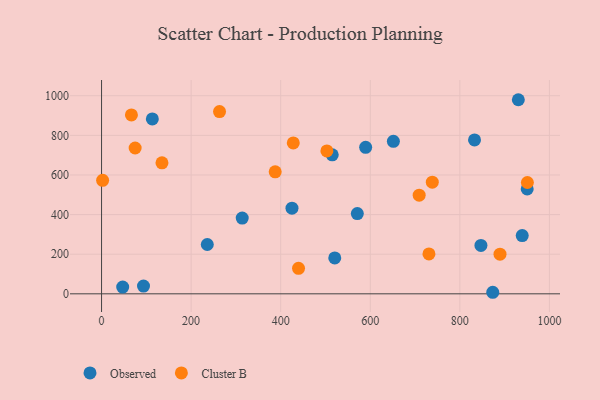
{"axis": {"x": "Engine Size", "y": "Sales"}, "legend": ["Cluster B", "Observed"], "data": [{"x": "589.7", "y": 739.8, "type": "Observed"}, {"x": "113.4", "y": 883.2, "type": "Observed"}, {"x": "93.7", "y": 38.9, "type": "Observed"}, {"x": "651.6", "y": 769.8, "type": "Observed"}, {"x": "873.5", "y": 7.8, "type": "Observed"}, {"x": "236.1", "y": 249.0, "type": "Observed"}, {"x": "847.1", "y": 244.1, "type": "Observed"}, {"x": "939.3", "y": 294.1, "type": "Observed"}, {"x": "47.2", "y": 34.2, "type": "Observed"}, {"x": "425.2", "y": 432.5, "type": "Observed"}, {"x": "520.7", "y": 181.3, "type": "Observed"}, {"x": "314.1", "y": 382.6, "type": "Observed"}, {"x": "950.4", "y": 529.8, "type": "Observed"}, {"x": "930.6", "y": 979.9, "type": "Observed"}, {"x": "832.8", "y": 776.7, "type": "Observed"}, {"x": "571.1", "y": 405.2, "type": "Observed"}, {"x": "515.1", "y": 701.7, "type": "Observed"}, {"x": "439.8", "y": 128.9, "type": "Cluster B"}, {"x": "263.4", "y": 920.1, "type": "Cluster B"}, {"x": "66.7", "y": 903.1, "type": "Cluster B"}, {"x": "503.1", "y": 721.6, "type": "Cluster B"}, {"x": "387.7", "y": 616.1, "type": "Cluster B"}, {"x": "950.8", "y": 561.9, "type": "Cluster B"}, {"x": "2.4", "y": 573.2, "type": "Cluster B"}, {"x": "134.9", "y": 661.3, "type": "Cluster B"}, {"x": "428.1", "y": 761.8, "type": "Cluster B"}, {"x": "709.2", "y": 498.1, "type": "Cluster B"}, {"x": "731.0", "y": 201.2, "type": "Cluster B"}, {"x": "738.5", "y": 563.7, "type": "Cluster B"}, {"x": "889.7", "y": 200.1, "type": "Cluster B"}, {"x": "75.0", "y": 736.1, "type": "Cluster B"}]}